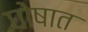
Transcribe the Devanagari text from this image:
घोषात